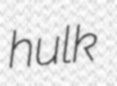
hulk